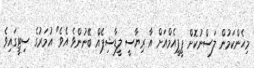
މިހެންކަމުން ލަސްނުކޮށް ޕީޕީއެމްއަށް އާ ރިޔާސީ ލީޑާޝިޕެއް ބޭނުންވެ އެެވެ" އުމަރުގެ ސިޓީގައިވެ